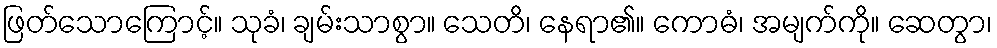
ဖြတ်သောကြောင့်။ သုခံ၊ ချမ်းသာစွာ။ သေတိ၊ နေရာ၏။ ကောဓံ၊ အမျက်ကို။ ဆေတွာ၊